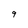
Character: 9